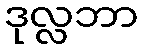
ဒုလ္လဘာ